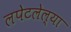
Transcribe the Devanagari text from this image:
लपेटलेल्या